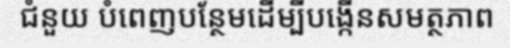
ជំនួយ បំពេញបន្ថែមដើម្បីបង្កើនសមត្ថភាព